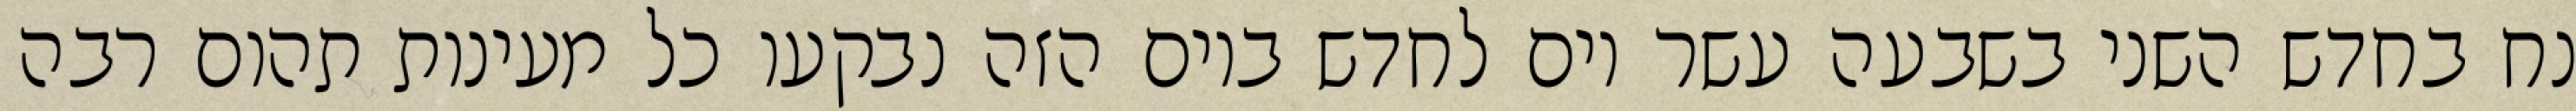
נח בחדש השני בשבעה עשר יום לחדש ביום הזה נבקעו כל מעינות תהום רבה